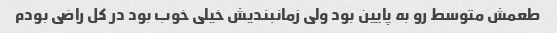
طعمش متوسط رو به پایین بود ولی زمانبندیش خیلی خوب بود در کل راضی بودم